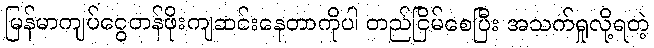
မြန်မာကျပ်ငွေတန်ဖိုးကျဆင်းနေတာကိုပါ တည်ငြိမ်စေပြီး အသက်ရှုလို့ရတဲ့